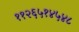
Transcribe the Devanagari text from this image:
११२६५१४५४८